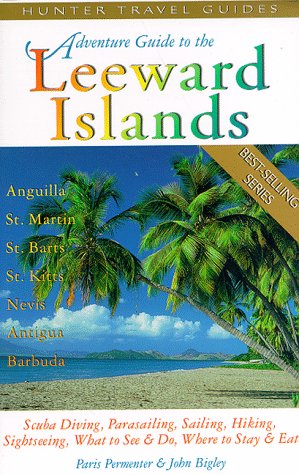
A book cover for Adventure Guide to the Leeward Islands: Anguilla, St. Martin, St. Barts, St. Kitts & Nevis, Antiqua & Barbuda (Serial); Paris Permenter; Travel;